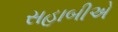
સહાબીએ